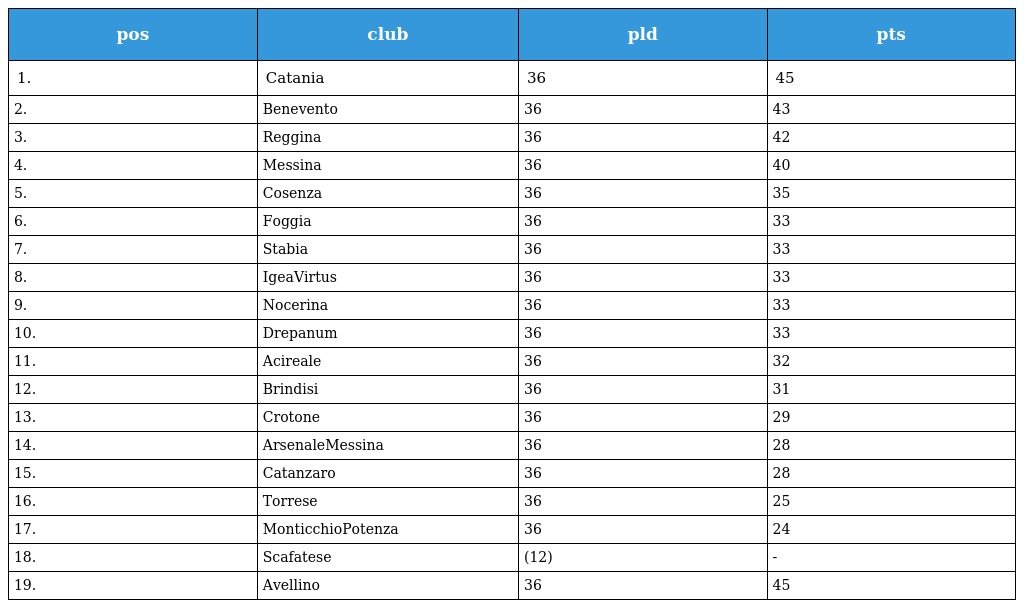
| pos | club | pld | pts |
 | --- | --- | --- | --- |
 | 1. | Catania | 36 | 45 |
 | 2. | Benevento | 36 | 43 |
 | 3. | Reggina | 36 | 42 |
 | 4. | Messina | 36 | 40 |
 | 5. | Cosenza | 36 | 35 |
 | 6. | Foggia | 36 | 33 |
 | 7. | Stabia | 36 | 33 |
 | 8. | IgeaVirtus | 36 | 33 |
 | 9. | Nocerina | 36 | 33 |
 | 10. | Drepanum | 36 | 33 |
 | 11. | Acireale | 36 | 32 |
 | 12. | Brindisi | 36 | 31 |
 | 13. | Crotone | 36 | 29 |
 | 14. | ArsenaleMessina | 36 | 28 |
 | 15. | Catanzaro | 36 | 28 |
 | 16. | Torrese | 36 | 25 |
 | 17. | MonticchioPotenza | 36 | 24 |
 | 18. | Scafatese | (12) | - |
 | 19. | Avellino | 36 | 45 |